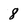
Character: 8